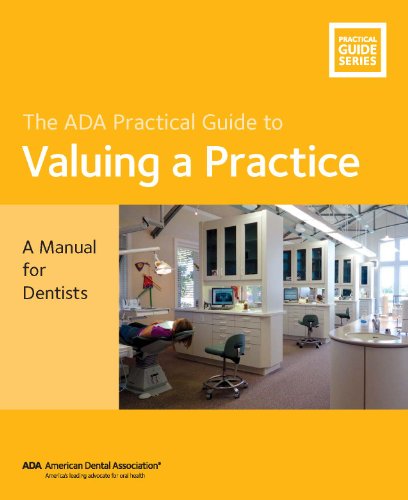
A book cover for The ADA Practical Guide to Valuing a Practice: A Manual for Dentists; American Dental Association; Medical Books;